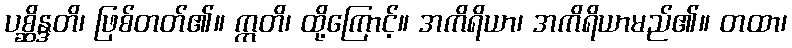
ပစ္ဆိန္ဒတိ၊ ဖြစ်တတ်၏။ ဣတိ၊ ထို့ကြောင့်။ အကိရိယာ၊ အကိရိယာမည်၏။ တထာ၊